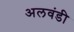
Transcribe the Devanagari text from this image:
अलवंडी